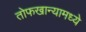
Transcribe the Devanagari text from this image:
तोफखान्यामध्ये